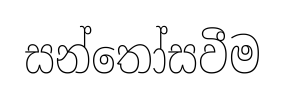
සන්තෝසවීම